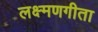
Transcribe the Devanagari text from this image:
लक्ष्मणगीता